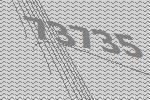
73735